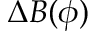
\Delta B ( \phi )